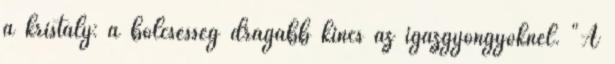
a kristály: a bölcsesség drágább kincs az igazgyöngyöknél. "A